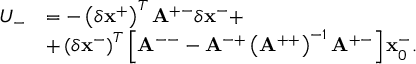
\begin{array} { r l } { U _ { - } } & { = - \left( \delta \mathbf { x } ^ { + } \right) ^ { T } \mathbf { A } ^ { + - } \delta \mathbf { x } ^ { - } + } \\ & { + \left( \delta \mathbf { x } ^ { - } \right) ^ { T } \left[ \mathbf { A } ^ { -- } - \mathbf { A } ^ { - + } \left( \mathbf { A } ^ { + + } \right) ^ { - 1 } \mathbf { A } ^ { + - } \right] \mathbf { x } _ { 0 } ^ { - } . } \end{array}